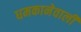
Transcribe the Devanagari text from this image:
धमकानेवाली